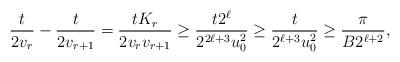
LaTeX: \begin{align*}\frac{t}{2 v_r}-\frac{t}{2 v_{r+1}} = \frac{tK_r}{2 v_rv_{r+1}} \ge \frac{t2^{\ell}}{2^{2\ell+3} u_0^2} \ge \frac{t}{2^{\ell+3}u_0^2}\ge \frac{\pi}{B2^{\ell+2}},\end{align*}